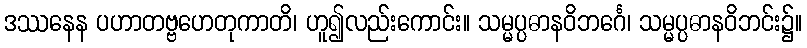
ဒဿနေန ပဟာတဗ္ဗဟေတုကာတိ၊ ဟူ၍လည်းကောင်း။ သမ္မပ္ပဓာနဝိဘင်္ဂေ၊ သမ္မပ္ပဓာနဝိဘင်း၌။